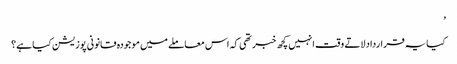
’
کیا یہ قرارداد لاتے وقت انہیں کچھ خبر تھی کہ اس معاملے میں موجودہ قانونی پوزیشن کیا ہے؟